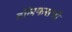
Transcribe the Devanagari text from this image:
डॉलफसची